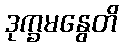
ဒုက္ခမနွေတိ